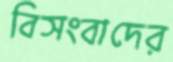
বিসংবাদের